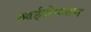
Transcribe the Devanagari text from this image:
आईज़ेकसन